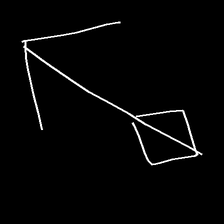
Glyph: focus